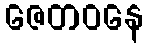
ဇေတဝနေ